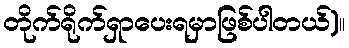
တိုက်ရိုက်ရှာပေးရမှာဖြစ်ပါတယ်)။